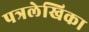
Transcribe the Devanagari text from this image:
पत्रलेखिका